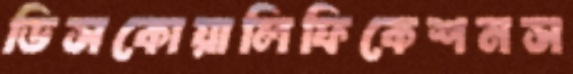
ডিসকোয়ালিফিকেশনস